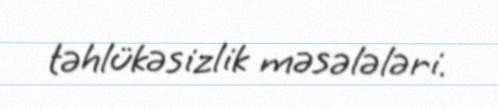
təhlükəsizlik məsələləri.